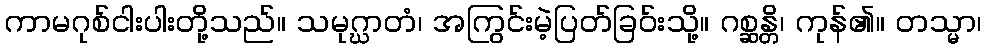
ကာမဂုစ်ငါးပါးတို့သည်။ သမုဂ္ဃာတံ၊ အကြွင်းမဲ့ပြတ်ခြဝ်းသို့။ ဂစ္ဆန္တိ၊ ကုန်၏။ တသ္မာ၊